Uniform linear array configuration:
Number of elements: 4
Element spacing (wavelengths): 1
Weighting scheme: hann
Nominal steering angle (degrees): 60
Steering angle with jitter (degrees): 59.304
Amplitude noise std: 0.05
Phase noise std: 0.05

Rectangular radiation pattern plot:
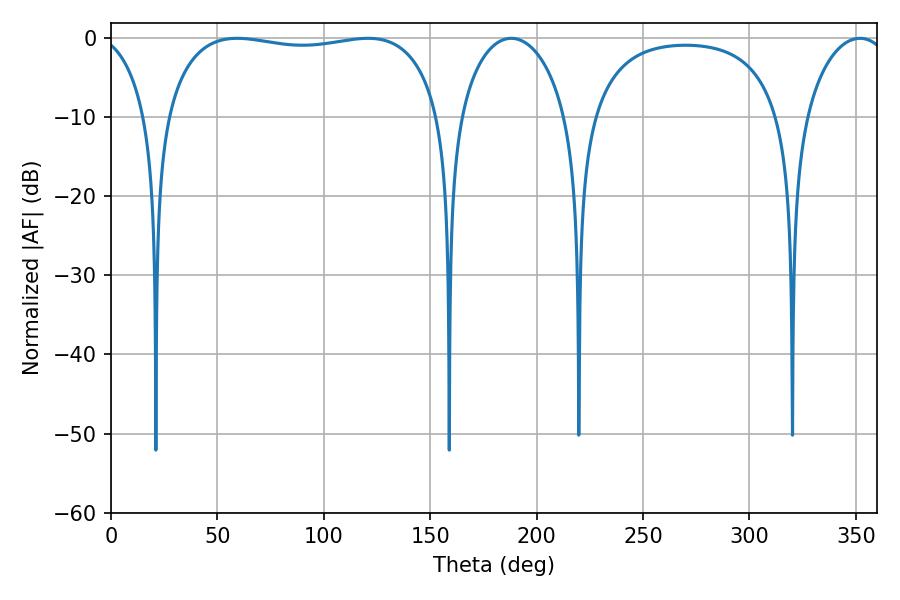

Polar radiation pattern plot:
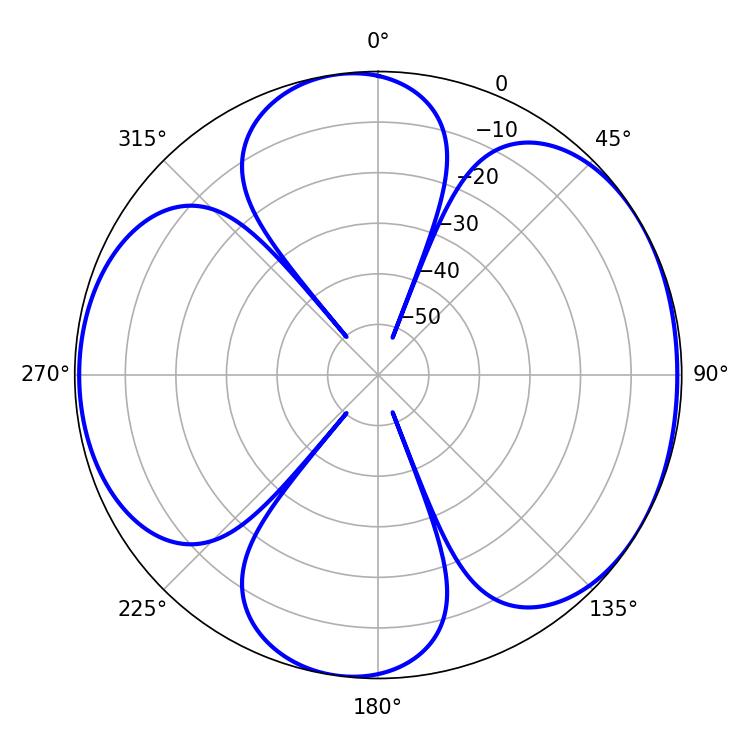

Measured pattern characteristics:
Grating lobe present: TRUE
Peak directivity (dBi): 5.89
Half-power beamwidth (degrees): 104.76
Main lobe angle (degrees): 59.22